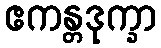
ဧကန္တဒုက္ခာ